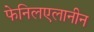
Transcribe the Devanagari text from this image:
फेनिलएलानीन